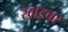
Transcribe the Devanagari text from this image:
खाइबर